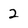
Character: 2